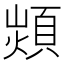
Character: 𩓈